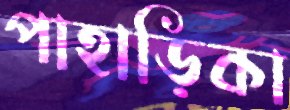
পাহাড়িকা